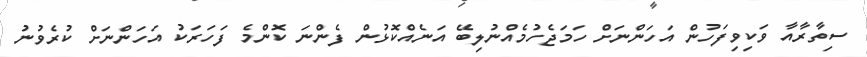
ސިތާރާއާ ވަކިވިފަހުން އަހަންނަށް ހަމަޖެހުމެއްނުލިބޭ އަނެއްކޮޅުން ފެންނަ ކޮންމެ ފަހަރަކު އަހަންނަށް ކުރެވުނު